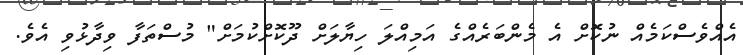
އެއްވެސްކަމެއް ނުކޮށް އެ މެންބަރެއްގެ އަމިއްލަ ހިޔާލަށް ދޫކޮށްކުމަށް" މުސްތަފާ ވިދާޅުވި އެވެ.